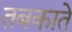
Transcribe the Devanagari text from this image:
तबकाते